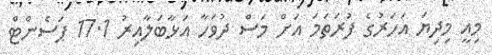
މިއީ މިދިޔަ އަހަރުގެ ފުރަތަމަ އަށް މަސް ދުވަހާ އަޅާބަލާއިރު 17.1 ޕަސެންޓް